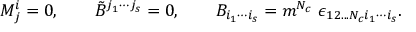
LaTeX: M _ { j } ^ { i } = 0 , \qquad \tilde { B } ^ { j _ { 1 } \cdots j _ { s } } = 0 , \qquad B _ { i _ { 1 } \cdots i _ { s } } = m ^ { N _ { c } } \ \epsilon _ { 1 2 . . . N _ { c } i _ { 1 } \cdots i _ { s } } .